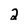
Character: 2